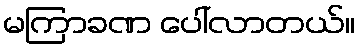
မကြာခဏ ပေါ်လာတယ်။